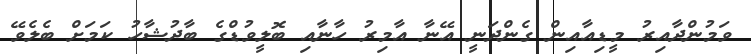
ވަމުންދާއިރު މީޑިއާއިން ގެންދަނީ އޭނާ އާމިރު ހާނާއި ބޮލީވުޑްގެ ބާދުޝާހު ކަމަށް ބެލެވޭ